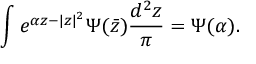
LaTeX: \int e ^ { \alpha z - | z | ^ { 2 } } \Psi ( \bar { z } ) { \frac { d ^ { 2 } z } { \pi } } = \Psi ( \alpha ) .